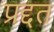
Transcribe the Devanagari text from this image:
प्रद्दत